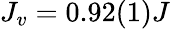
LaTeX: J_{v}=0.92(1)J